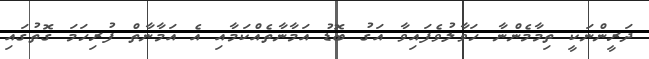
ދަރީންނަކީ ތިމާމެންނާ ހަވާލުވެފައިވާ އަގު ބޮޑު އަމާނާތެއްކަމާއި އެ އަމާނާތް ފުރިހަމަ ގޮތުގައި